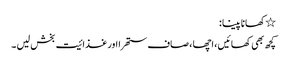
٭کھانا پینا :
کچھ بھی کھائیں ، اچھا ، صاف ستھرا اور غذائیت بخش لیں ۔